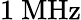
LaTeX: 1\ \mathrm{MHz}